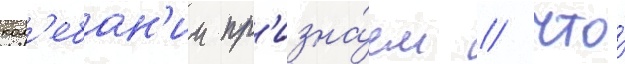
кол'ебан'ии пр'изна́ем / что́